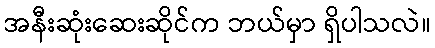
အနီးဆုံးဆေးဆိုင်က ဘယ်မှာ ရှိပါသလဲ။